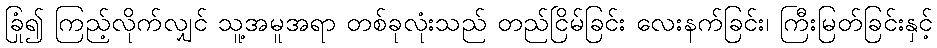
ခြုံ၍ ကြည့်လိုက်လျှင် သူ့အမူအရာ တစ်ခုလုံးသည် တည်ငြိမ်ခြင်း လေးနက်ခြင်း၊ ကြီးမြတ်ခြင်းနှင့်